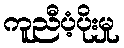
ကူညီပံ့ပိုးမှု